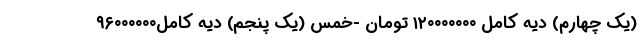
(یک چهارم) دیه کامل ۱۲۰۰۰۰۰۰۰ تومان -خمس (یک پنجم) دیه کامل۹۶۰۰۰۰۰۰